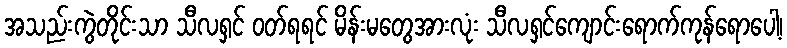
အသည်းကွဲတိုင်းသာ သီလရှင် ဝတ်ရရင် မိန်းမတွေအားလုံး သီလရှင်ကျောင်းရောက်ကုန်ရောပေါ့၊